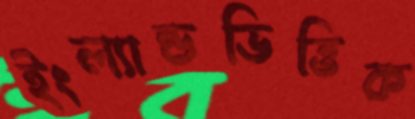
ইংল্যান্ডভিত্তিক